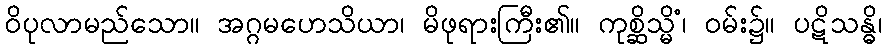
ဝိပုလာမည်သော။ အဂ္ဂမဟေသိယာ၊ မိဖုရားကြီး၏။ ကုစ္ဆိသ္မိံ၊ ဝမ်း၌။ ပဋိသန္ဓိ၊